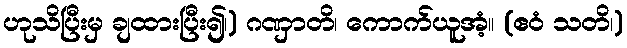
ဟုသိပြီးမှ ချထားပြီး၍၊) ဂဏှာတိ၊ ကောက်ယူအံ့။ (ဧဝံ သတိ၊)